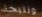
ونتيجة